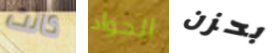
كانت الجواد بحزن